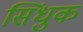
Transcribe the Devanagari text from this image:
सिंधुक